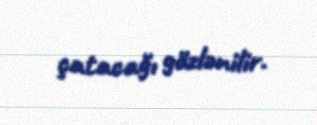
çatacağı gözlənilir.